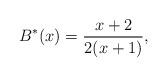
LaTeX: \begin{align*}B^*(x)=\frac{x+2}{2(x+1)},\end{align*}